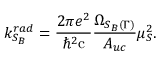
k _ { S _ { B } } ^ { r a d } = \frac { 2 \pi e ^ { 2 } } { \hbar ^ { 2 } \mathrm { c } } \frac { \Omega _ { S _ { B } ( \Gamma ) } } { A _ { u c } } \mu _ { S } ^ { 2 } .